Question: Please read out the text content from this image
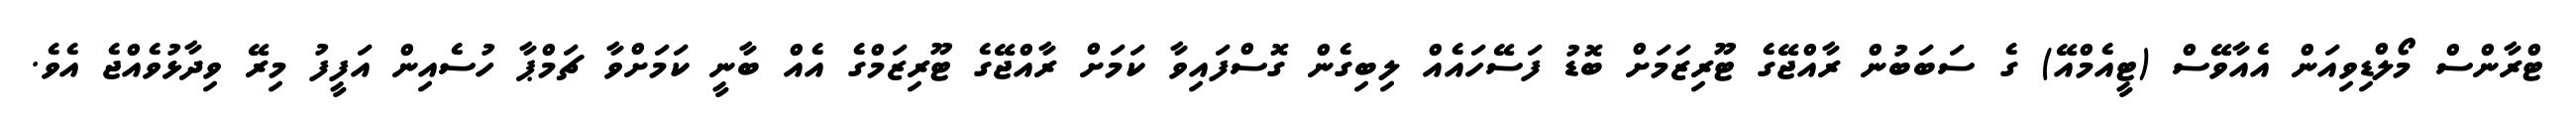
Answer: ޓްރާންސް މޯލްޑިވިއަން އެއާވޭސް (ޓީއެމްއޭ) ގެ ސަބަބުން ރާއްޖޭގެ ޓޫރިޒަމަށް ބޮޑު ފަސޭހައެއް ލިބިގެން ގޮސްފައިވާ ކަމަށް ރާއްޖޭގެ ޓޫރިޒަމްގެ އެއް ބާނީ ކަމަށްވާ ޗަމްޕާ ހުސެއިން އަފީފު މިރޭ ވިދާޅުވެއްޖެ އެވެ.